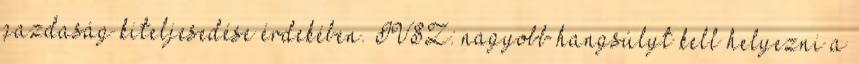
gazdaság kiteljesedése érdekében. IVSZ: nagyobb hangsúlyt kell helyezni a